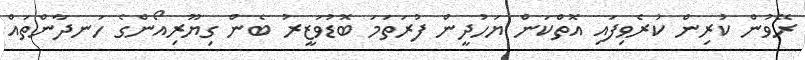
ރޭވުން ކުރިން ކުރެވިފައި އޮތްކަން ޔަހުދީން ފުރަތަމަ ބޮޑުވަޒީރު ބެން ގިޔޫރިއޯންގެ ހަނދާންތައް